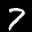
Label: 7